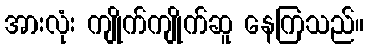
အားလုံး ကျိုက်ကျိုက်ဆူ နေကြသည်။